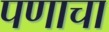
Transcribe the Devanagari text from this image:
पणाचा